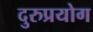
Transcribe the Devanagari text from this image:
दुरुप्रयोग